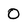
Character: 0